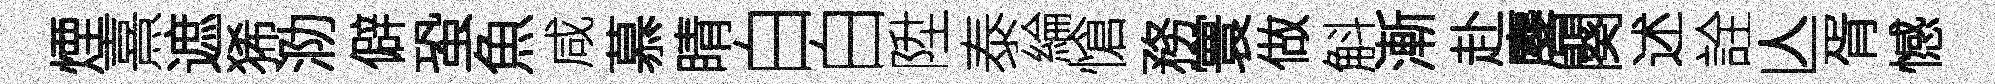
煙熹遮狶泐僻蛩魚咸慕睛白白陞泰綸愴務寰做斛漸赴麐闋述詮亾胥憾